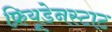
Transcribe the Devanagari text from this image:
फ्रियूडेनस्टाट